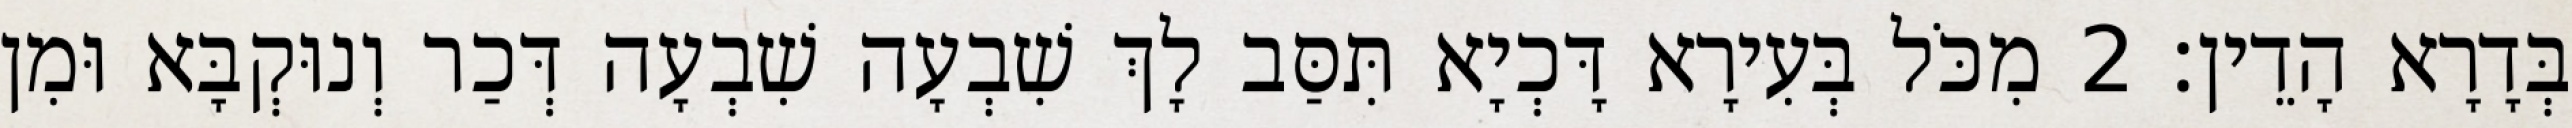
בְּדָרָא הָדֵין׃ 2 מִכֹּל בְּעִירָא דָּכְיָא תִּסַּב לָךְ שִׁבְעָה שִׁבְעָה דְּכַר וְנוּקְבָּא וּמִן